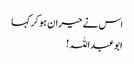
اس نے حیران ہو کر کہا
ابوعبداللہ!